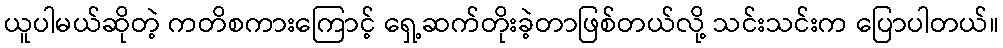
ယူပါမယ်ဆိုတဲ့ ကတိစကားကြောင့် ရှေ့ဆက်တိုးခဲ့တာဖြစ်တယ်လို့ သင်းသင်းက ပြောပါတယ်။